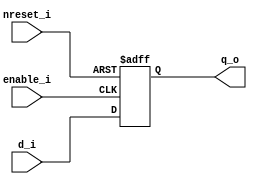
module PosedgeDFF( //posedge triggered
    input d_i,
    input enable_i,
    input nreset_i, // asynchronous low level reset
    output reg q_o
    );

    always @(posedge enable_i or negedge nreset_i) begin
        if (nreset_i == 1'b0)
            q_o <= 1'b0;
    
        else 
            q_o <= d_i;
    end
endmodule

module NegedgeDFF( 
    input d_i,
    input enable_i,
    input nreset_i, // asynchronous low level reset
    output reg q_o
    );

    always @(negedge enable_i or negedge nreset_i) begin
        if (nreset_i == 1'b0)
            q_o <= 1'b0;
    
        else 
            q_o <= d_i;
    end
endmodule